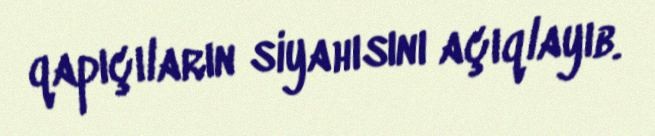
qapıçıların siyahısını açıqlayıb.